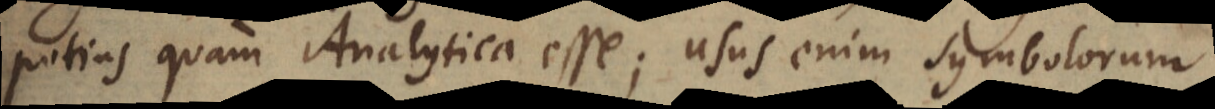
potius quam Analytica esse; usus enim symbolorum